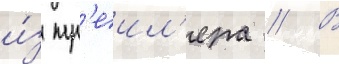
и́з тр'еил'ера // В